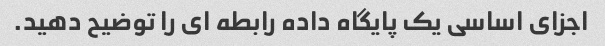
اجزای اساسی یک پایگاه داده رابطه ای را توضیح دهید.